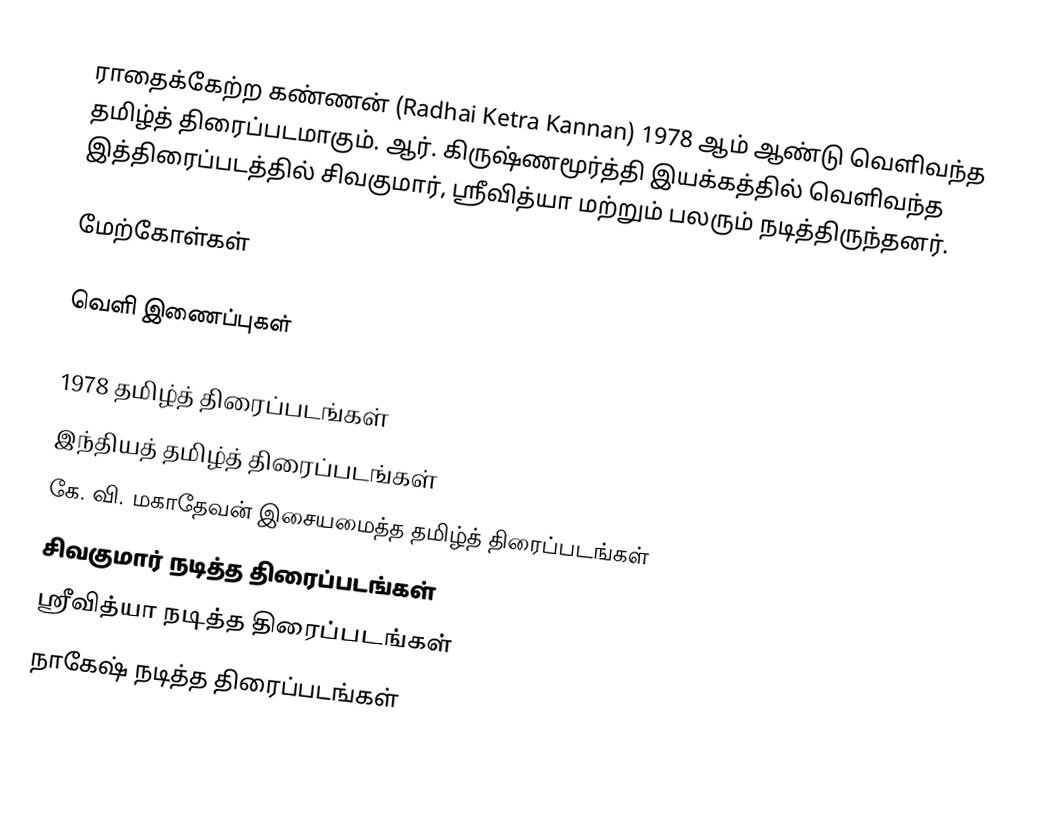
ராதைக்கேற்ற கண்ணன் (Radhai Ketra Kannan) 1978 ஆம் ஆண்டு வெளிவந்த தமிழ்த் திரைப்படமாகும். ஆர். கிருஷ்ணமூர்த்தி இயக்கத்தில் வெளிவந்த இத்திரைப்படத்தில் சிவகுமார், ஸ்ரீவித்யா மற்றும் பலரும் நடித்திருந்தனர்.

மேற்கோள்கள்

வெளி இணைப்புகள்

1978 தமிழ்த் திரைப்படங்கள்
இந்தியத் தமிழ்த் திரைப்படங்கள்
கே. வி. மகாதேவன் இசையமைத்த தமிழ்த் திரைப்படங்கள்
சிவகுமார் நடித்த திரைப்படங்கள்
ஸ்ரீவித்யா நடித்த திரைப்படங்கள்
நாகேஷ் நடித்த திரைப்படங்கள்